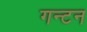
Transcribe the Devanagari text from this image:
गन्टन